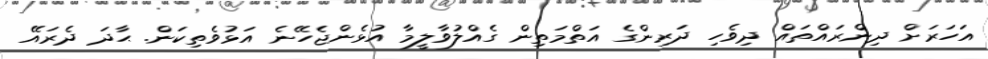
އަހަރަށް ދިންރައްތައް ދިވެހި ދަރިންގެ އަތްމަތިން ގެއްލުވާލީމާ އުޅެންޖެހޭނެ އަޅުވެތިކަން. ޙާދަ ދެރައޭ